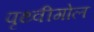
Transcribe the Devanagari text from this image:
पृथ्वीगोल